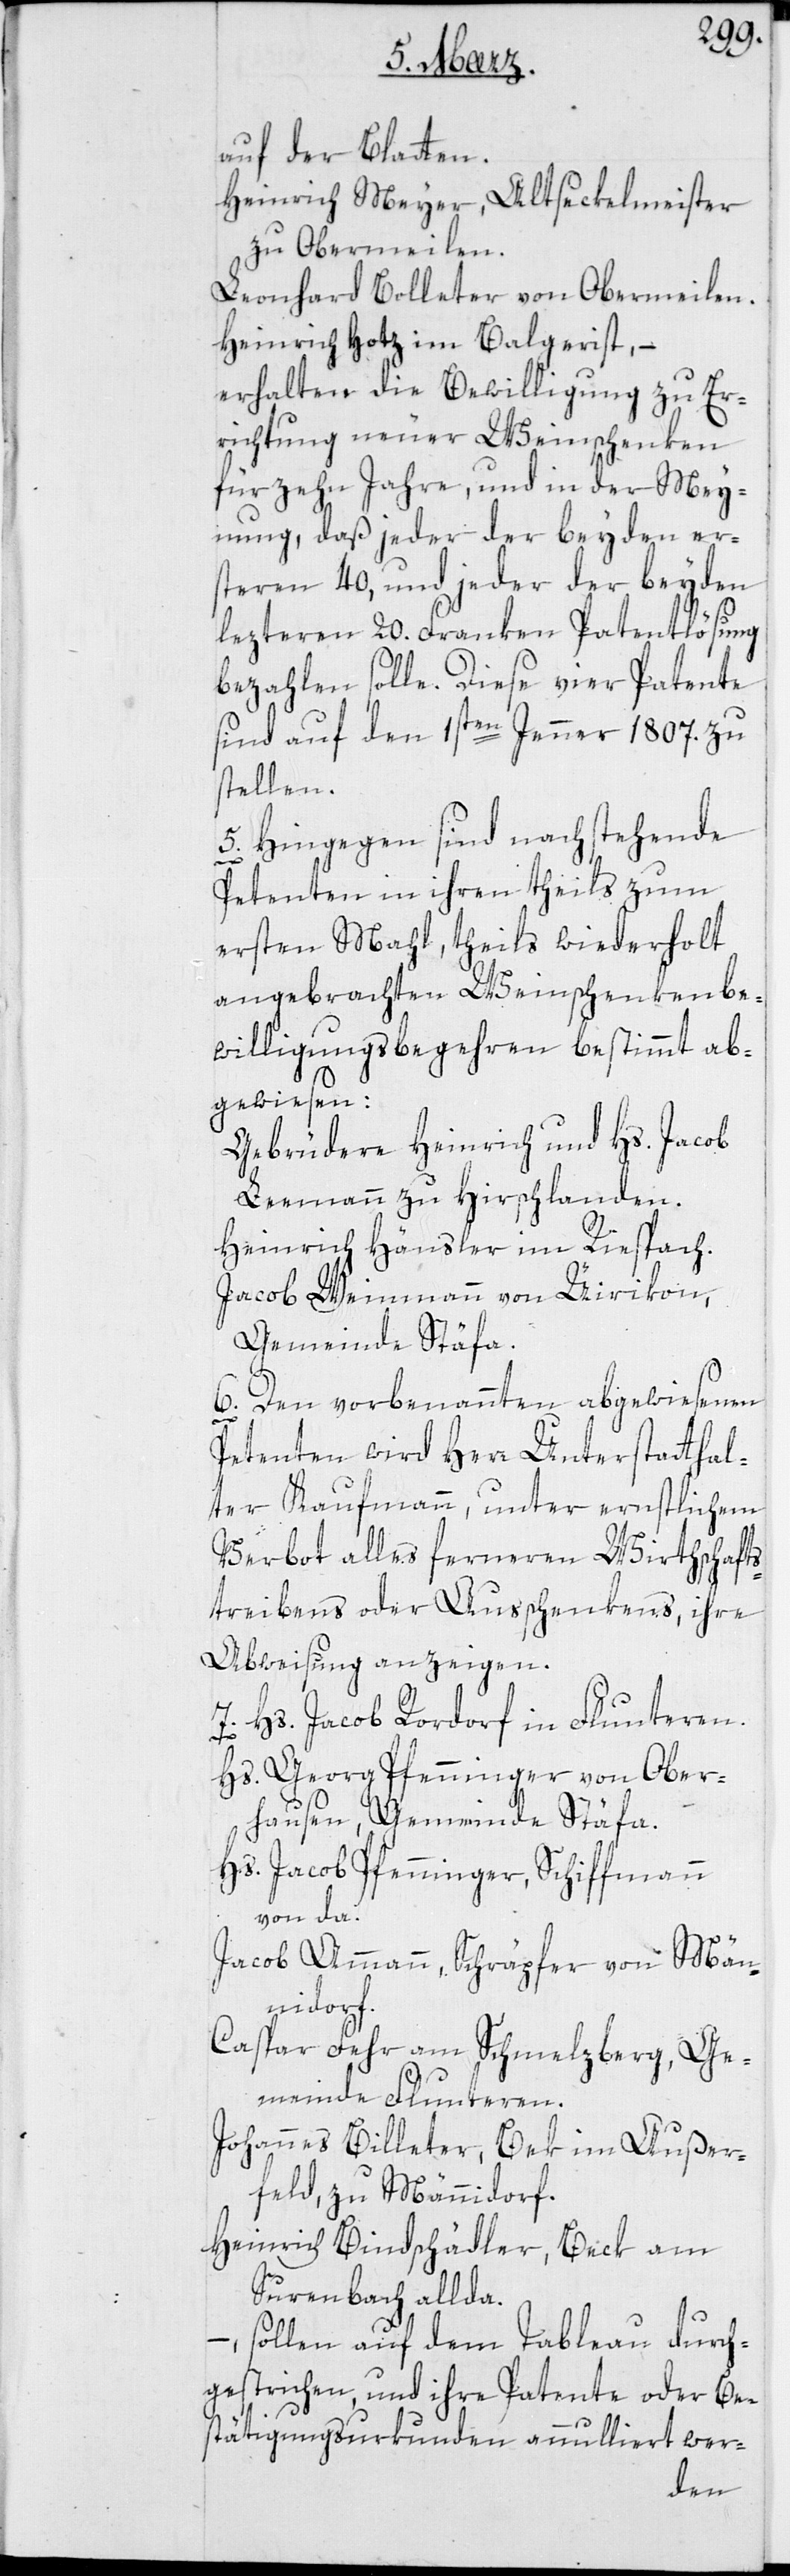
auf der Blatten.
Heinrich Meyer, Altseckelmeister
zu Obermeilen.
Leonhard Bolleter von Obermeilen.
Heinrich Hotz im Balgerist; –
erhalten die Bewilligung zu Er¬
richtung neuer Weinschenken
für zehn Jahre, und in der Mey¬
nung, daß jeder der beyden er¬
steren 40, und jeder der beyden
lezteren 20. Franken Patentlösung
bezahlen solle. Diese vier Patente
sind auf den 1sten Jenner 1807. zu
stellen.
5. Hingegen sind nachstehende
Petenten in ihren theils zum
ersten Mahl, theils wiederholt
angebrachten Weinschenkenbe¬
willigungsbegehren bestimmt ab¬
gewiesen:
Gebrüdere Heinrich und Hs. Jacob
Leemann zu Hirschlanden.
Heinrich Häusler im Riespach.
Jacob Weinmann von Üerikon,
Gemeinde Stäfa.
6. Den vorbenannten abgewiesenen
Petenten wird Herr Unterstatthal¬
ter Kaufmann, unter ernstlichem
Verbot alles ferneren Wirthschafts¬
treibens oder Ausschenkens, ihre
Abweisung anzeigen.
7. Hs. Jacob Rordorf in Fluntern.
Hs. Georg Pfenninger von Ober¬
hausen, Gemeinde Stäfa.
Hs. Jacob Pfenninger, Schiffmann
von da.
Jacob Ammann, Schräpfer von Män¬
nidorf.
Caspar Fehr am Schmelzberg, Ge¬
meinde Fluntern.
Johannes Billeter, Bek im Außer¬
feld zu Männidorf.
Heinrich Bindschädler, Bek am
Surenbach allda;
sollen auf dem Tableau durch¬
gestrichen, und ihre Patente oder Be¬
stätigungsurkunden annulliert wer-